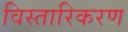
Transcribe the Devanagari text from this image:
विस्तारिकरण